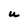
Character: U